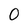
Character: O